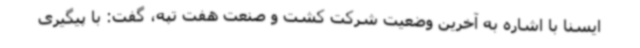
ایسنا با اشاره به آخرین وضعیت شرکت کشت و صنعت هفت تپه، گفت: با پیگیری